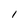
Character: 1